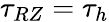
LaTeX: \tau_{RZ}=\tau_{h}